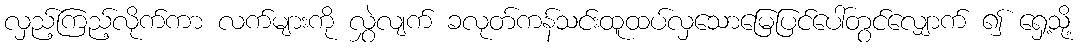
လှည့်ကြည့်လိုက်ကာ လက်များကို လွှဲလျက် ခလုတ်ကန်သင်းထူထပ်လှသောမြေပြင်ပေါ်တွင်လျှောက် ၍ ရှေ့သို့